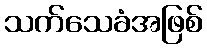
သက်သေခံအဖြစ်